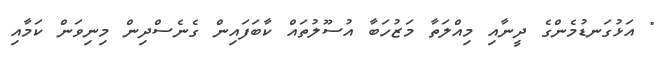
" އަޅުގަނޑުމެންގެ ދީނާއި މިއްލަތާ މަޒުހަބާ އުސޫލުތައް ކާބަފައިން ގެނެސްދިން މިނިވަން ކަމާއި